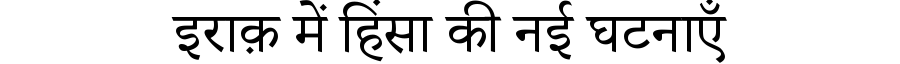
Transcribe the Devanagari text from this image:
इराक़ में हिंसा की नई घटनाएँ